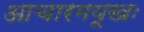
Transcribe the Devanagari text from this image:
आचारमयूखः